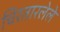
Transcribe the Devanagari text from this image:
चिरतारलेले